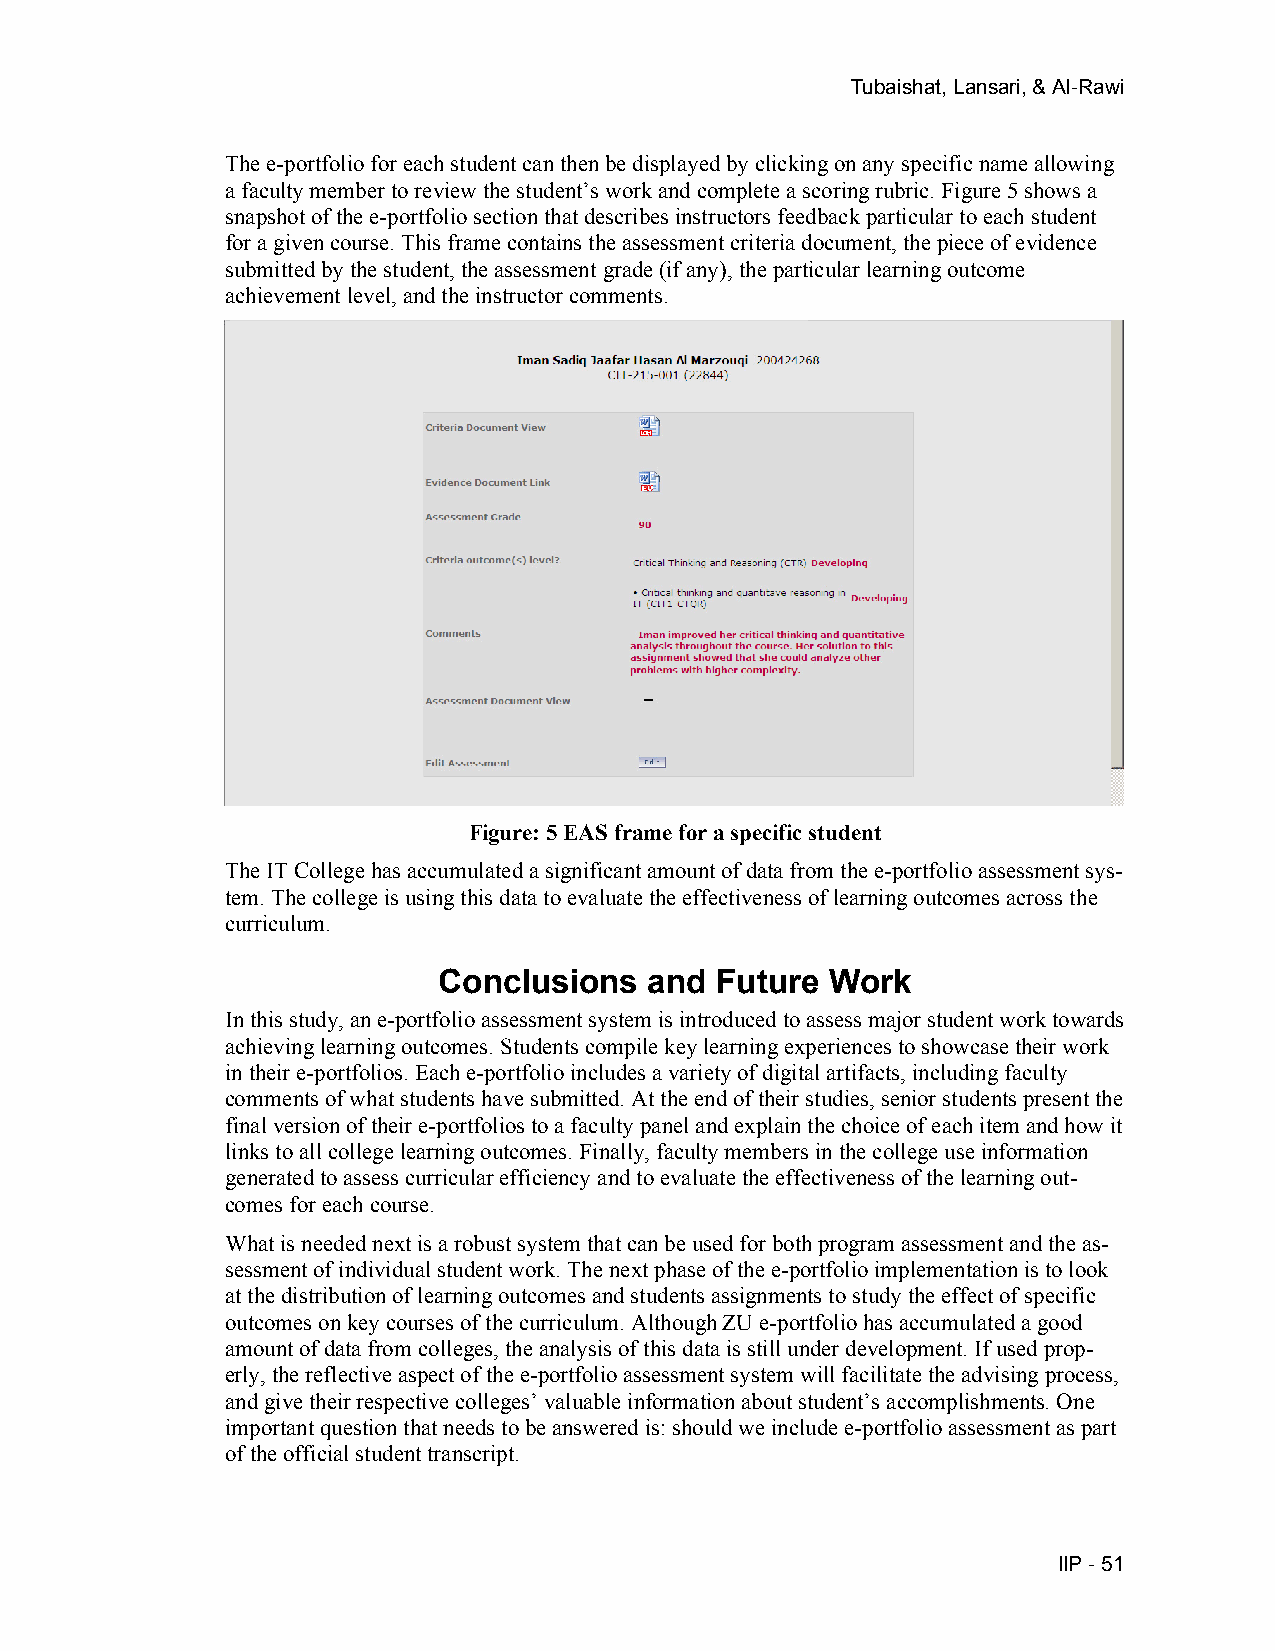
Tubaishat, Lansari, & Al-Rawi
 The e-portfolio for each student can then be displayed by clicking on any specific name allowing
 a faculty member to review the student’s work and complete a scoring rubric. Figure 5 shows a
 snapshot of the e-portfolio section that describes instructors feedback particular to each student
 for a given course. This frame contains the assessment criteria document, the piece of evidence
 submitted by the student, the assessment grade (if any), the particular learning outcome
 achievement level, and the instructor comments.
 Figure: 5 EAS frame for a specific student
 The IT College has accumulated a significant amount of data from the e-portfolio assessment sys-
 tem. The college is using this data to evaluate the effectiveness of learning outcomes across the
 curriculum.
 Conclusions   and Future  Work
 In this study, an e-portfolio assessment system is introduced to assess major student work towards
 achieving learning outcomes. Students compile key learning experiences to showcase their work
 in their e-portfolios. Each e-portfolio includes a variety of digital artifacts, including faculty
 comments of what students have submitted. At the end of their studies, senior students present the
 final version of their e-portfolios to a faculty panel and explain the choice of each item and how it
 links to all college learning outcomes. Finally, faculty members in the college use information
 generated to assess curricular efficiency and to evaluate the effectiveness of the learning out-
 comes for each course.
 What is needed next is a robust system that can be used for both program assessment and the as-
 sessment of individual student work. The next phase of the e-portfolio implementation is to look
 at the distribution of learning outcomes and students assignments to study the effect of specific
 outcomes on key courses of the curriculum. Although ZU e-portfolio has accumulated a good
 amount of data from colleges, the analysis of this data is still under development. If used prop-
 erly, the reflective aspect of the e-portfolio assessment system will facilitate the advising process,
 and give their respective colleges’ valuable information about student’s accomplishments. One
 important question that needs to be answered is: should we include e-portfolio assessment as part
 of the official student transcript.
 IIP - 51